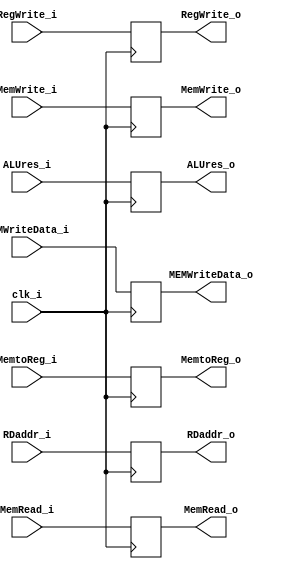
module EX_MEM
(
    clk_i,
    RegWrite_i,
    MemtoReg_i,
    MemRead_i,
    MemWrite_i,
    ALUres_i,
    MEMWriteData_i,
    RDaddr_i,
    RegWrite_o,
    MemtoReg_o,
    MemRead_o,
    MemWrite_o,
    ALUres_o,
    MEMWriteData_o,
    RDaddr_o,
);

input  clk_i, RegWrite_i, MemtoReg_i, MemRead_i, MemWrite_i;
input [31:0] ALUres_i, MEMWriteData_i;
input [4:0] RDaddr_i;

output reg RegWrite_o = 0, MemtoReg_o, MemRead_o, MemWrite_o = 0;
output reg [31:0] ALUres_o, MEMWriteData_o;
output reg [4:0] RDaddr_o;

always @ (posedge clk_i) begin
    RegWrite_o <= RegWrite_i;
    MemtoReg_o <= MemtoReg_i;
    MemRead_o <= MemRead_i;
    MemWrite_o <= MemWrite_i;
    ALUres_o <= ALUres_i;
    MEMWriteData_o <= MEMWriteData_i;
    RDaddr_o <= RDaddr_i;
end

endmodule